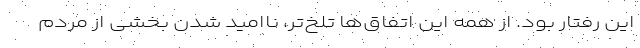
این رفتار بود. از همه این اتفاق‌ها تلخ‌تر، ناامید شدن بخشی از مردم